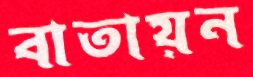
বাতায়ন